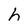
Character: h